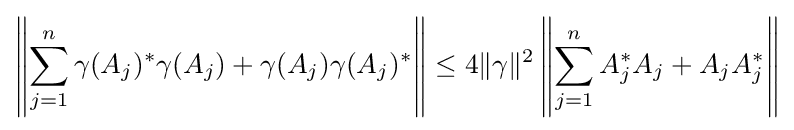
\left\|\sum _{j=1}^{n}\gamma (A_{j})^{*}\gamma (A_{j})+\gamma (A_{j})\gamma (A_{j})^{*}\right\|\leq 4\|\gamma \|^{2}\left\|\sum _{j=1}^{n}A_{j}^{*}A_{j}+A_{j}A_{j}^{*}\right\|